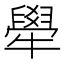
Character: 𤛱